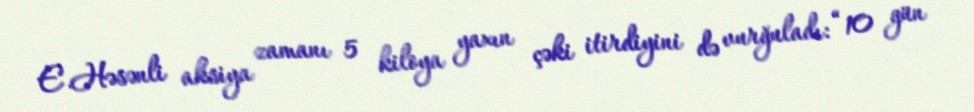
E.Həsənli aksiya zamanı 5 kiloya yaxın çəki itirdiyini də vurğuladı: “10 gün